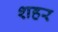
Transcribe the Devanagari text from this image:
शहर